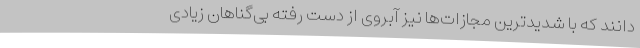
‌دانند که با شدیدترین مجازات‌ها نیز آبروی از دست رفته بی‌گناهان زیادی